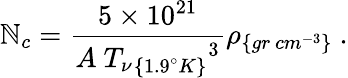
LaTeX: \mathbb{N}_{c}=\frac{{5\times10^{21}}}{{A~{{T_{\nu}}_{\{ 1.9^{\circ}K\} }}^{3}}}\rho_{\{ gr~cm^{-3}\} }~.